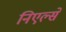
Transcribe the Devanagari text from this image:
निएल्सें